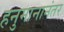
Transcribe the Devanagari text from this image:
हनुमानानंतर